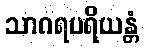
သာဂရပရိယန္တံ